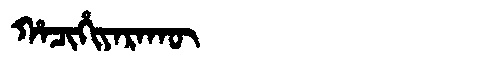
Manchu: ᡥᠠᠴᡳᡥᡳᠶᠠᡵᠠᡴᡡ
Romanization: HACIHIYARAKŪ